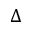
\Delta